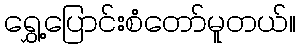
ရွှေ့ပြောင်းစံတော်မူတယ်။